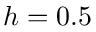
h = 0 . 5